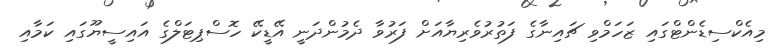
މިއެކްސިޑެންޓްގައި ޒަހަމްވި ޗައިނާގެ ފަތުރުވެރިޔާއަށް ފަރުވާ ދެމުންދަނީ އޭޑީކޭ ހޮސްޕިޓަލްގެ އައިސީޔޫގައި ކަމާއި